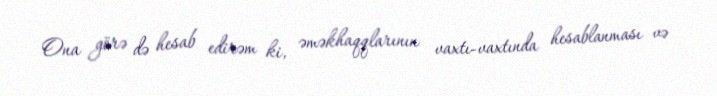
Ona görə də hesab edirəm ki, əməkhaqqlarının vaxtı-vaxtında hesablanması və